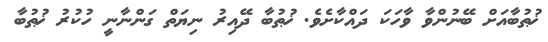
ޚުޠުބާއަށް ބޭނުންވާ ވާހަކަ ދައްކާށެވެ. ޚުޠުބާ ދޭއިރު ނިޔަތް ގަންނާނީ ހުކުރު ޚުޠުބާ